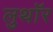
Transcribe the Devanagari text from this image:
लुथाॅर